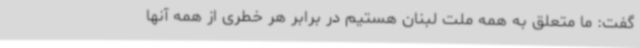
گفت: ما متعلق به همه ملت لبنان هستیم در برابر هر خطری از همه آنها